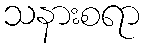
သနားစရာ